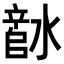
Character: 𬉅